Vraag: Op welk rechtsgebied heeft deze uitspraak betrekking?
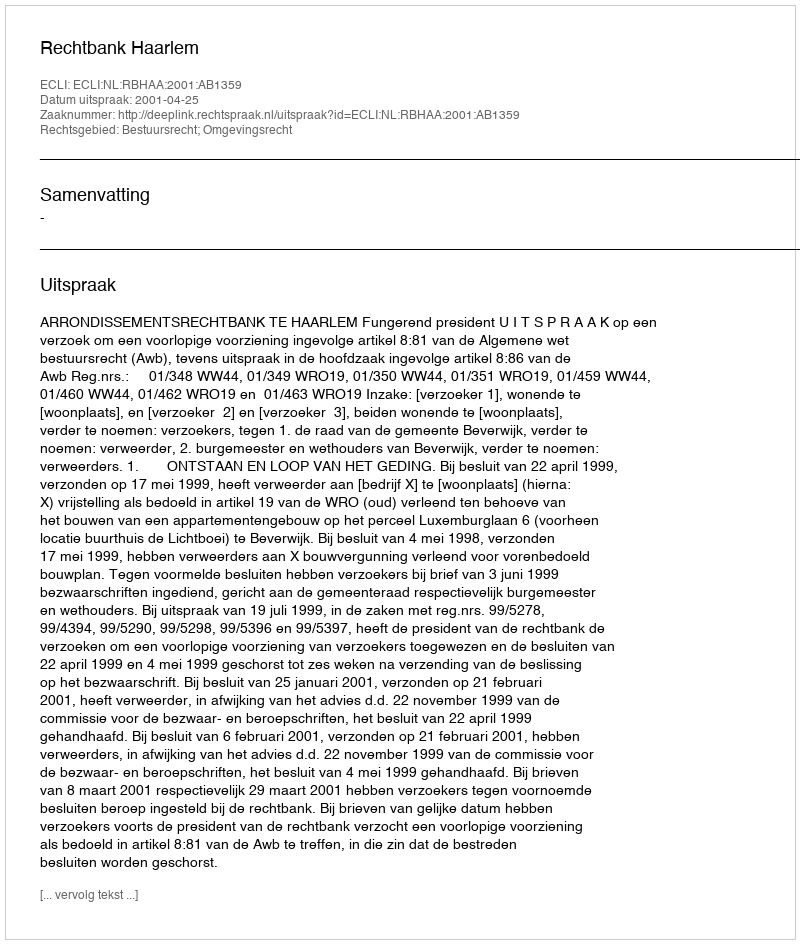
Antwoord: Bestuursrecht; Omgevingsrecht